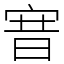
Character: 㝜